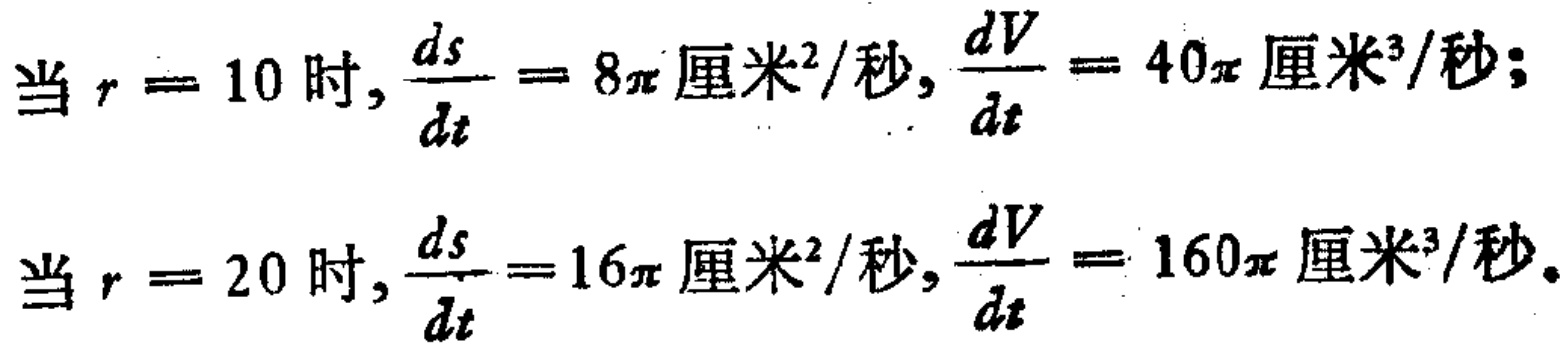
当 \(r = 10\) 时, \(\frac{ds}{dt}=8\pi \text{厘米}^2/\text{秒}, \frac{dV}{dt}=40\pi \text{厘米}^3/\text{秒}\);
当 \(r = 20\) 时, \(\frac{ds}{dt}=16\pi \text{厘米}^2/\text{秒}, \frac{dV}{dt}=160\pi \text{厘米}^3/\text{秒}\).